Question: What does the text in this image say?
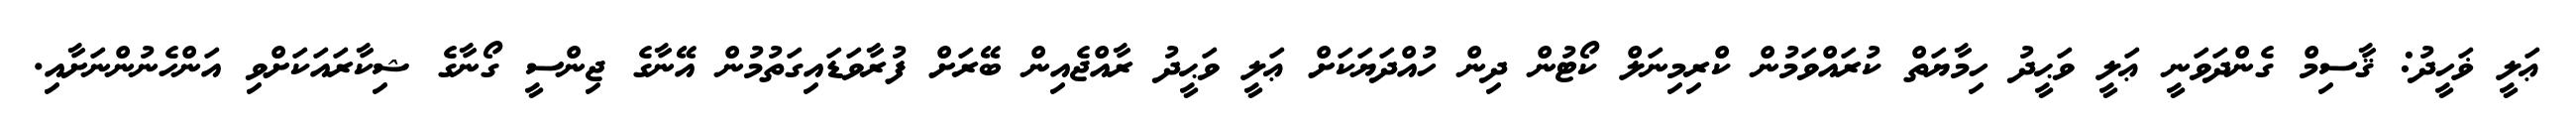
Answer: ޢަލީ ޥަހީދު: ޤާސިމް ގެންދަވަނީ ޢަލީ ވަޙީދު ހިމާޔަތް ކުރައްވަމުން ކްރިމިނަލް ކޯޓުން ދިން ހުއްދަޔަކަށް ޢަލީ ވަޙީދު ރާއްޖެއިން ބޭރަށް ފުރާވަޑައިގަތުމުން އޭނާގެ ޖިންސީ ގޯނާގެ ޝިކާރައަކަށްވި އަންހެނުންނަށާއި.